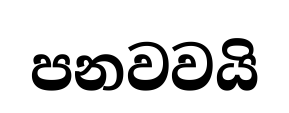
පනවවයි